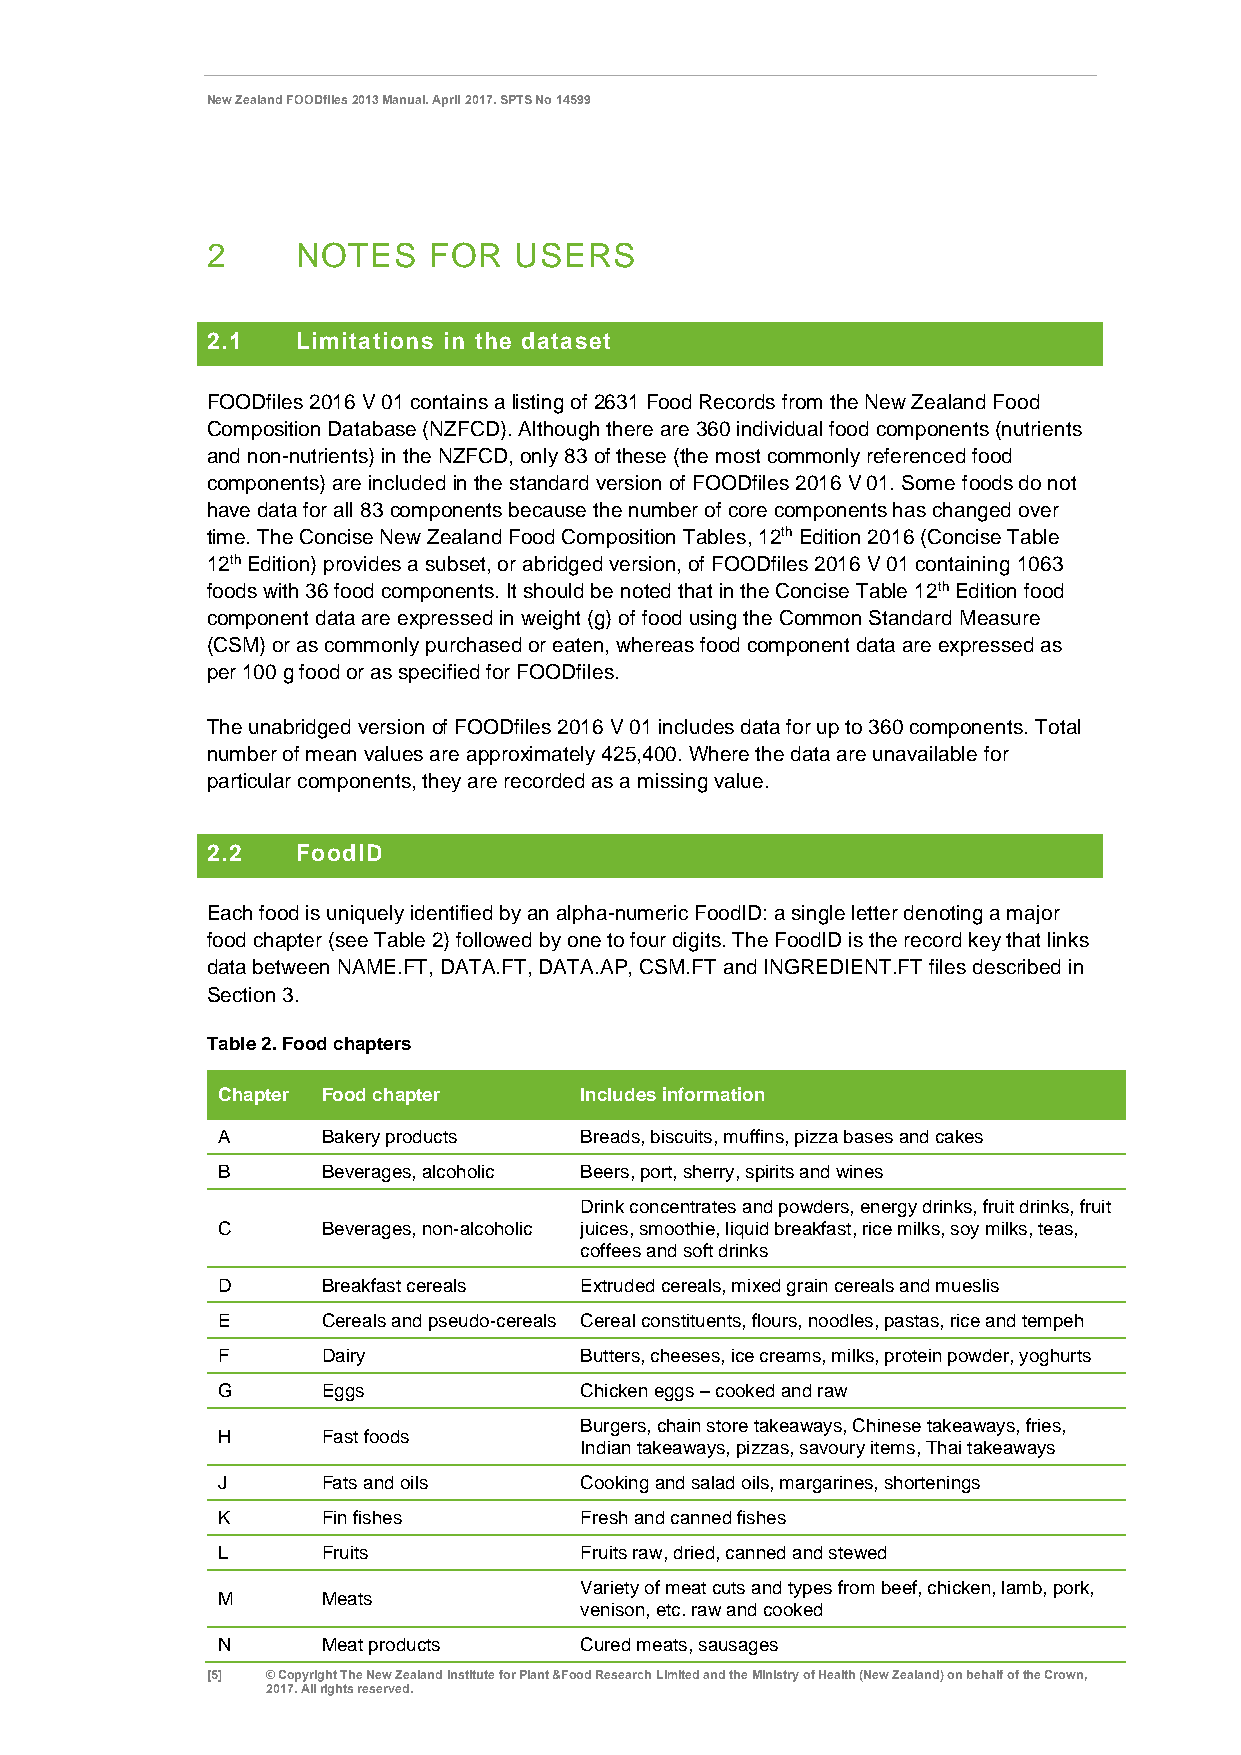
New Zealand FOODfiles 2013 Manual. April 2017. SPTS No 14599
 2     NOTES   FOR   USERS
 2.1   Limitations in the dataset
 FOODfiles 2016 V 01 contains a listing of 2631 Food Records from the New Zealand Food
 Composition Database (NZFCD). Although there are 360 individual food components (nutrients
 and non-nutrients) in the NZFCD, only 83 of these (the most commonly referenced food
 components) are included in the standard version of FOODfiles 2016 V 01. Some foods do not
 have data for all 83 components because the number of core components has changed over
 time. The Concise New Zealand Food Composition Tables, 12th Edition 2016 (Concise Table
 12th Edition) provides a subset, or abridged version, of FOODfiles 2016 V 01 containing 1063
 foods with 36 food components. It should be noted that in the Concise Table 12th Edition food
 component data are expressed in weight (g) of food using the Common Standard Measure
 (CSM) or as commonly purchased or eaten, whereas food component data are expressed as
 per 100 g food or as specified for FOODfiles.
 The unabridged version of FOODfiles 2016 V 01 includes data for up to 360 components. Total
 number of mean values are approximately 425,400. Where the data are unavailable for
 particular components, they are recorded as a missing value.
 2.2   FoodID
 Each food is uniquely identified by an alpha-numeric FoodID: a single letter denoting a major
 food chapter (see Table 2) followed by one to four digits. The FoodID is the record key that links
 data between NAME.FT, DATA.FT, DATA.AP, CSM.FT and INGREDIENT.FT files described in
 Section 3.
 Table 2. Food chapters
 Chapter Food chapter    Includes information
 A      Bakery products  Breads, biscuits, muffins, pizza bases and cakes
 B      Beverages, alcoholic Beers, port, sherry, spirits and wines
 Drink concentrates and powders, energy drinks, fruit drinks, fruit
 C      Beverages, non-alcoholic juices, smoothie, liquid breakfast, rice milks, soy milks, teas,
 coffees and soft drinks
 D      Breakfast cereals Extruded cereals, mixed grain cereals and mueslis
 E      Cereals and pseudo-cereals Cereal constituents, flours, noodles, pastas, rice and tempeh
 F      Dairy            Butters, cheeses, ice creams, milks, protein powder, yoghurts
 G      Eggs             Chicken eggs – cooked and raw
 Burgers, chain store takeaways, Chinese takeaways, fries,
 H      Fast foods
 Indian takeaways, pizzas, savoury items, Thai takeaways
 J      Fats and oils    Cooking and salad oils, margarines, shortenings
 K      Fin fishes       Fresh and canned fishes
 L      Fruits           Fruits raw, dried, canned and stewed
 Variety of meat cuts and types from beef, chicken, lamb, pork,
 M      Meats
 venison, etc. raw and cooked
 N      Meat products    Cured meats, sausages
 [5] © Copyright The New Zealand Institute for Plant &Food Research Limited and the Ministry of Health (New Zealand) on behalf of the Crown,
 2017. All rights reserved.